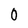
Character: 0